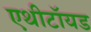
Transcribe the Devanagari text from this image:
एथीटॉयड